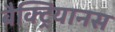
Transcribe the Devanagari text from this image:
बैक्ट्रियानस